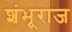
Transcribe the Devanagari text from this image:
शंभूराज